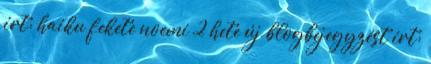
írt: haiku fekete noemi 2 hete új blogbejegyzést írt: